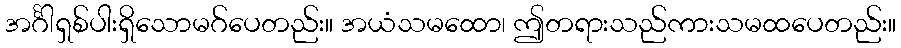
အင်္ဂါရှစ်ပါးရှိသောမဂ်ပေတည်း။ အယံသမထော၊ ဤတရားသည်ကားသမထပေတည်း။